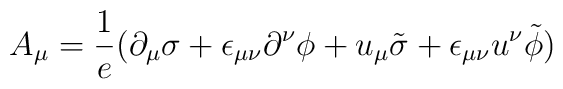
A_{\mu} = {1\over e}(\partial_{\mu}\sigma +\epsilon_{\mu\nu}\partial^{\nu}\phi + u_{\mu}\tilde{\sigma} +\epsilon_{\mu\nu}u^{\nu}\tilde{\phi})